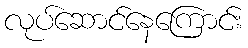
လုပ်ဆောင်နေကြောင်း